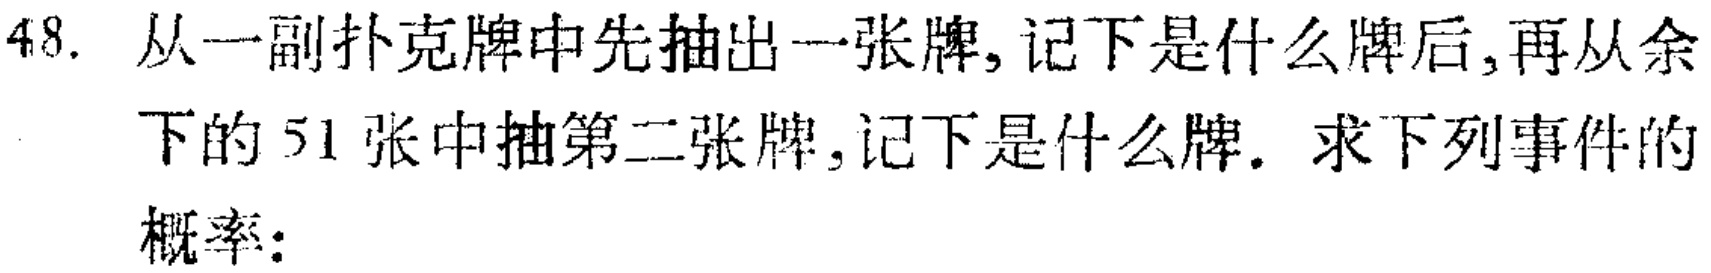
48. 从一副扑克牌中先抽出一张牌, 记下是什么牌后, 再从余下的 51 张中抽第二张牌, 记下是什么牌. 求下列事件的概率: